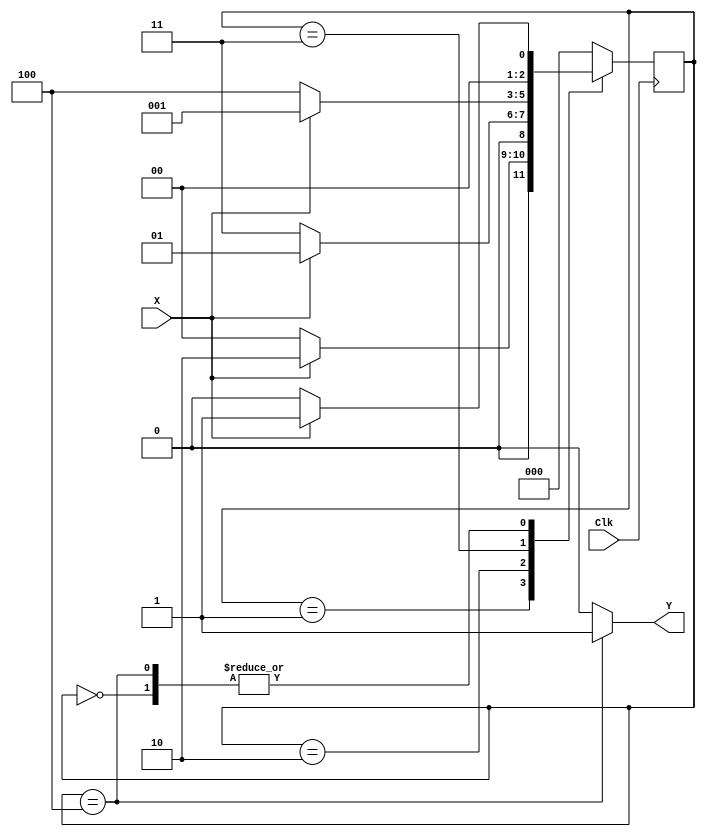
// Sankatmochan Bot : Task 1 C : FSM
/*
Instructions
-------------------
Students are not allowed to make any changes in the Module declaration.
This file is used to design a Finite State Machine to detect patter/sequence 1100

Recommended Quartus Version : 19.1
The submitted project file must be 19.1 compatible as the evaluation will be done on Quartus Prime Lite 19.1.

Warning: The error due to compatibility will not be entertained.
			Do not make any changes to Test_Bench_Vector.txt file. Violating will result into Disqualification.
-------------------
*/

//Finite State Machine design
//Inputs : Clock, X (Input Stream)
//Output : Y (Y = 1 when 1100 pattern/sequence is detected)

//////////////////DO NOT MAKE ANY CHANGES IN MODULE///////////////////////////////
module sequence_detector_fsm(
		input Clk,		//Clock input
		input X,			//Input Bitstream 
		output Y			//Output: Y = 1 when 1100 pattern/sequence is detected.
	
);

////////////////////////WRITE YOUR CODE FROM HERE////////////////////
  parameter 
			IDLE	= 0,
  			S1		= 1,
  			S11	= 2,
  			S110	= 3,
  			S1100	= 4;
  
  reg [2:0] cur_state, next_state;
  

  
  always @ (posedge Clk) begin
     	cur_state <= next_state;
  end
  
  always @ (cur_state or X) begin
    case (cur_state)
      IDLE : begin
        if (X) next_state = S1;
        else   next_state = IDLE;
      end
				
      S1: begin
        if (X) next_state = S11;
        else 	next_state = IDLE;
      end
      
      S11 : begin
        if (X) next_state = S1;
        else 	next_state = S110;
      end
      
      S110 : begin
        if (X) next_state = S1;
        else 	next_state = S1100;
      end
      
      S1100: begin
        if (X) next_state = S1;
        else 	next_state = IDLE;
      end
	  default: next_state = IDLE;
    endcase
  end
  
  assign Y = cur_state == S1100 ? 1 : 0;
// Tip : Write your code such that Quartus Generates a State Machine 
//			(Tools > Netlist Viewers > State Machine Viewer).
// 		For doing so, you will have to properly declare State Variables of the
//       State Machine and also perform State Assignments correctly.  

	
///////////////////////YOUR CODE ENDS HERE////////////////////////////
endmodule
///////////////////////////////MODULE ENDS///////////////////////////